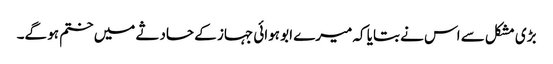
بڑی مشکل سے اس نے بتایا کہ میرے ابو ہوائی جہاز کے حادثے میں ختم ہو گے۔